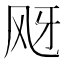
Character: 𱃕